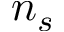
n _ { s }